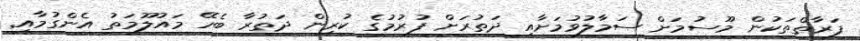
ފަރާތްތަކުން މޫސުމަށް ސަމާލުވުމަށާއި ދަތުރަށް ފުރުމުގެ ކުރިން ދަތުރާ ބެހޭ މައުލޫމަތު އެންގުމާއި